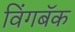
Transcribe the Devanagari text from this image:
विंगबॅक